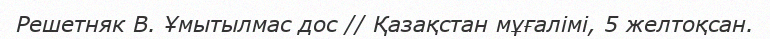
Решетняк В. Ұмытылмас дос // Қазақстан мұғалімі, 5 желтоқсан.